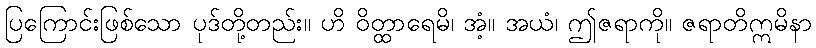
ပြကြောင်းဖြစ်သော ပုဒ်တို့တည်း။ ဟိ ဝိတ္ထာရေမိ၊ အံ့။ အယံ၊ ဤဇရာကို။ ဇရာတိဣမိနာ